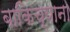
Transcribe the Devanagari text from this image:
बाकिच्याना